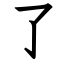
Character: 了